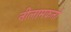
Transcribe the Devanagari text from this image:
नीलामकर्ता